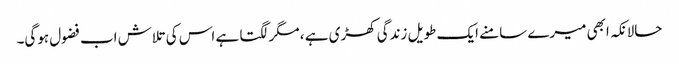
حالانکہ ابھی میرے سامنے ایک طویل زندگی کھڑی ہے ، مگر لگتا ہے اس کی تلاش اب فضول ہوگی۔